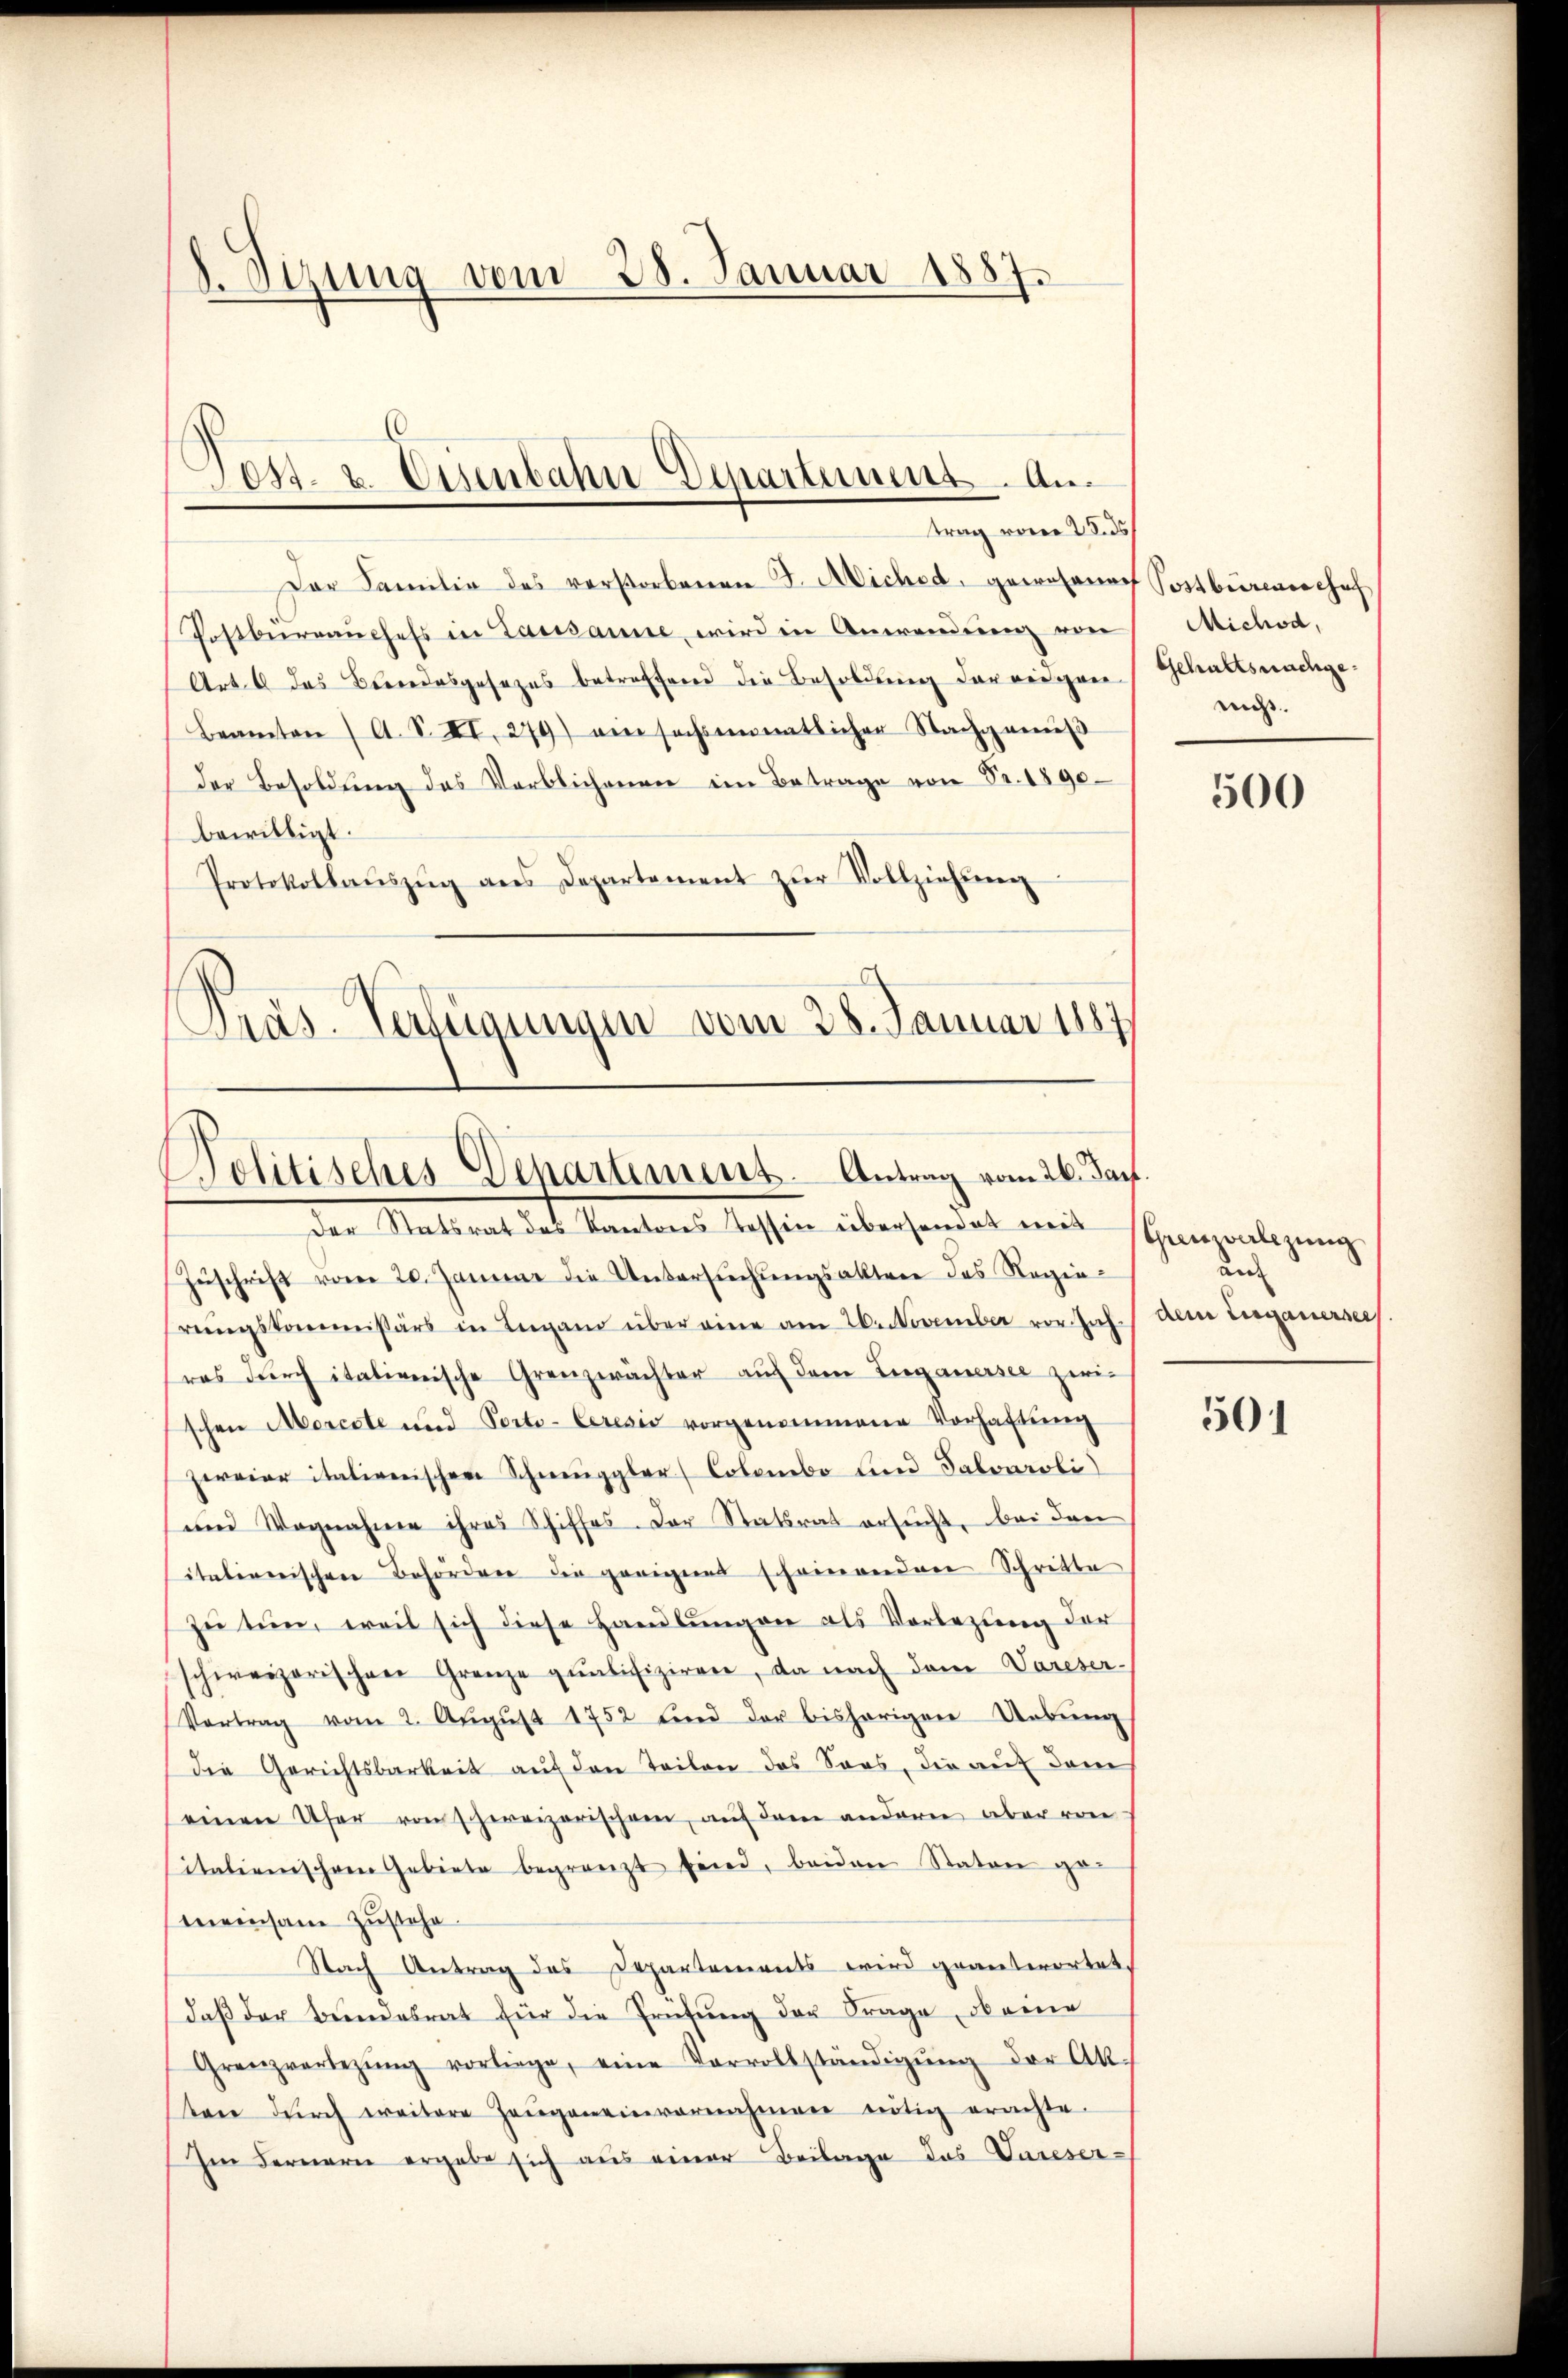
1. Sizung vom 28. Januar 1887.

Dest. u. Eisenbahn Departement. An
trag vom 25. ds

Der Familie des verstorbenen F. Micher, gewohne Postbürenschaf
Postbürraŭchefs in Lausanne, wird in Anwendung von
Art. 6 das Bundesgesezes betreffend die Besoldung darwiegen
Beamten A. S. II. 279) ein sechsentlicher Nachgemäβ
der Besoldŭng des Verblichenen im Betrage von Fr. 1890
bewilligt.
Protokollaŭszŭg ans Departement zŭr Vollziehŭng
Präs. Verfügungen vom 28. Januar 1887

Politisches Departement. Antrag vom 26. Jan.

der Materat des Kantons dessen überhandel mit seinenlegung.
Zŭschrift vom 20. Januar die Untersŭchŭngsaktere des Regiehrŭngskommissärs in Lugand über eine am 26. November vor Joh. / dem Erganersees.
res durch italienische Grenzwächter auf dem Luganersee zwischen Mercste und Porto-Ceresis vorgenommene Vorhaftung
zweier italienischen Schmuggler Colombo und Saloaroli
und Wagnahme ihres Schiffes. Der Statsrat ersucht, bei den
italienischen Behörden die gerigens scheinenden Schritte
zu tun, weil sich diese Handlungen als Vorlegung der
schweizerischen Grenze qualifiziren, da nach dem Vareser-
Vortrag vom 2. Aŭgŭst 1752 und der bisherigen Uebung
die Gerichtsbarkeit auf den Teilen das Soos, die auf dem
einen Ufer von schweizerischen, auf dem andern aber von
sitationischen Gebiete begränzt feind, beiden Staton gemeinsam zustehe.
Nach Antrag des Departements wird geanterortet.
daβ der Bŭndesrat für die Frühŭng der Frage, ob eine
Grenzverlegŭng vorliege, eine Vervollständigŭng der Ak-
sten dŭrch weitere Zeŭgeneinvernahmen nötig erachte.
Im Fernern ergabe sich aus einer Beilage das Vareser-

Michod,
Gehaltsnachgenicht.

500

an

501